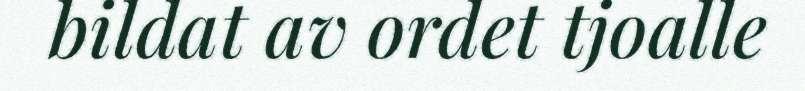
bildat av ordet tjoalle